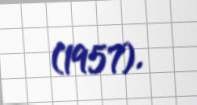
(1957).